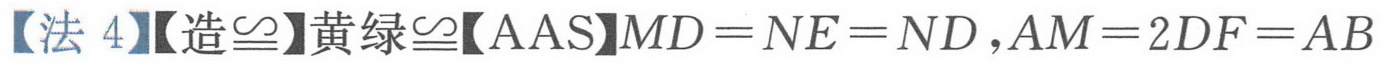
【法4】【造$\cong$】黄绿$\cong$【AAS】$MD = NE = ND$，$AM = 2DF = AB$